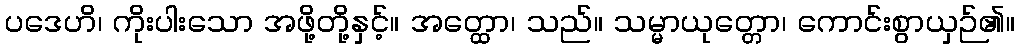
ပဒေဟိ၊ ကိုးပါးသော အဖို့တို့နှင့်။ အတ္ထော၊ သည်။ သမ္မာယုတ္တော၊ ကောင်းစွာယှဉ်၏။